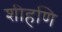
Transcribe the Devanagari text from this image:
शीहणि